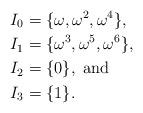
LaTeX: \begin{align*}I_0 &= \{ \omega, \omega^2, \omega^4 \},\\I_1 &= \{ \omega^3, \omega^5, \omega^6 \},\\I_2 &= \{ 0 \}, \textrm{ and}\\I_3 &= \{1\}.\end{align*}